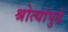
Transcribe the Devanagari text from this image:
श्रोत्यांपुढे